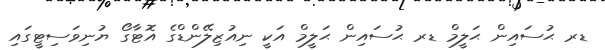
ޑރ ޙުސައިން ޙަލީމް ޑރ ޙުސައިން ޙަލީމް އަކީ ނިއުޒިލޭންޑްގެ އޮޓާގޯ ޔުނިވަސިޓީގައި